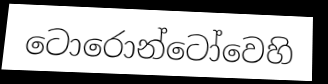
ටොරොන්ටෝවෙහි